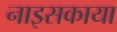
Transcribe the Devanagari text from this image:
नाइसकाया